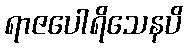
ရာဇပေါရိသေနပိ